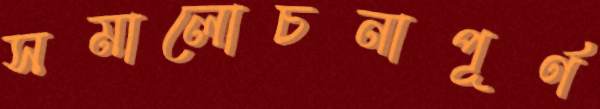
সমালোচনাপূর্ণ